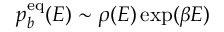
p _ { b } ^ { \mathrm { e q } } ( E ) \sim \rho ( E ) \exp ( \beta E )